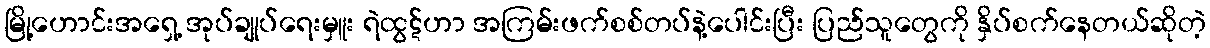
မြို့ဟောင်းအရှေ့ အုပ်ချုပ်ရေးမှူး ရဲထွဋ်ဟာ အကြမ်းဖက်စစ်တပ်နဲ့ပေါင်းပြီး ပြည်သူတွေကို နှိပ်စက်နေတယ်ဆိုတဲ့